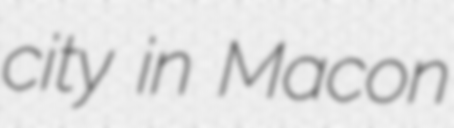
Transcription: city in Macon